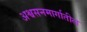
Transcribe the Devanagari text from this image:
अश्वसनमार्गातील